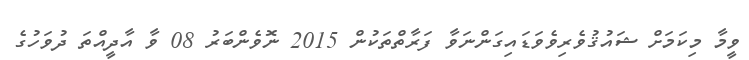
ވީމާ މިކަމަށް ޝައުޤުވެރިވެވަޑައިގަންނަވާ ފަރާތްތަކުން 2015 ނޮވެންބަރު 08 ވާ އާދީއްތަ ދުވަހުގެ